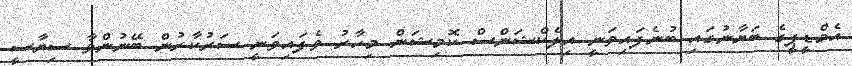
އެމްޑީޕީގެ ބަޔާނުގައި ބުނެފައިވަނީ އިލެކްޝަންސް ކޮމިޝަން މިހާރު ވެފައިވަނީ ސަރުކާރުން ބޭނުންވާ ސިޔާސީ